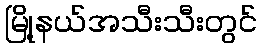
မြို့နယ်အသီးသီးတွင်